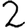
Digit: 2